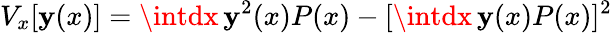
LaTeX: V_{x}[\mathbf{y}(x)]=\intdx\, \mathbf{y}^{2}(x)P(x)-[\intdx\, \mathbf{y}(x)P(x)]^{2}